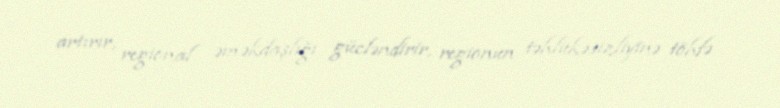
artırır, regional əməkdaşlığı gücləndirir, regionun təhlükəsizliyinə töhfə